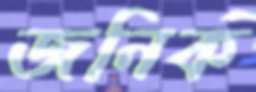
জনিক